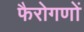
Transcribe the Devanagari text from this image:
फैरोगणों